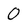
Character: 0